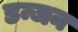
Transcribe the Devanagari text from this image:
डन्जन